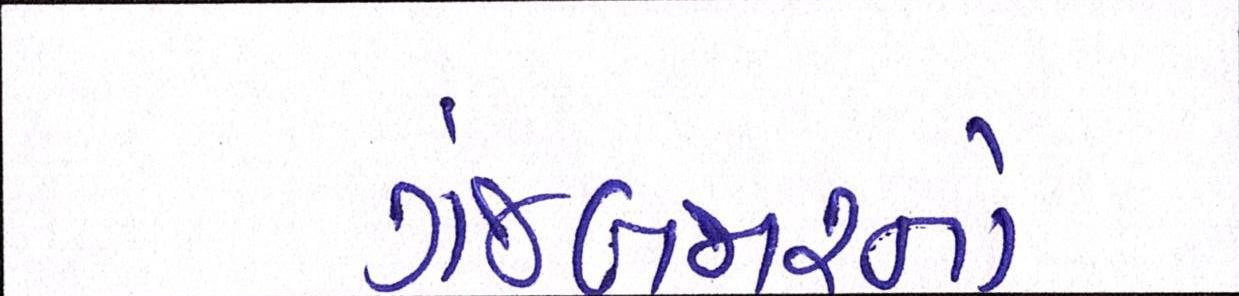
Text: ગંજબજારનો